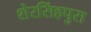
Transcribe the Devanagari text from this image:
शेरसिंहपुरा